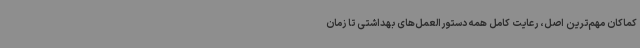
کماکان مهم‌ترین اصل، رعایت کامل همه دستورالعمل‌های بهداشتی تا زمان